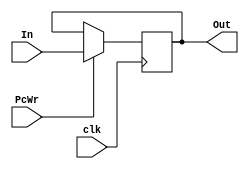
module PC(
    input [31:0] In,
    input clk,
    input PcWr,
    output reg [31:0] Out
);

    reg [31:0] Register;
    initial begin
        Register = 0;
    end
    

    always @(posedge clk) begin
        if (PcWr)
            Register <= In;
    end

    always @(*) begin
        Out <= Register;
    end

endmodule